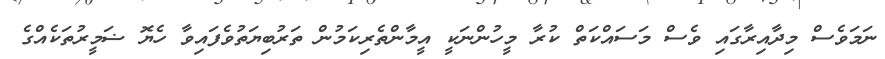
ނަމަވެސް މިދާއިރާގައި ވެސް މަސައްކަތް ކުރާ މީހުންނަކީ އީމާންތެރިކަމުން ތަރުބިޔަތުވެފައިވާ ހެޔޮ ޟަމީރުތަކެއްގެ